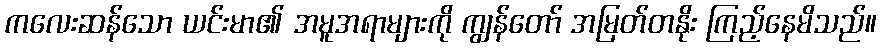
ကလေးဆန်သော ယင်းမာ၏ အမူအရာများကို ကျွန်တော် အမြတ်တနိုး ကြည့်နေမိသည်။